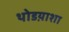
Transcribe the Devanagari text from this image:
थोडय़ाशा